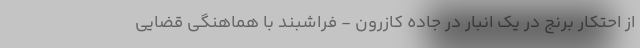
از احتکار برنج در یک انبار در جاده کازرون - فراشبند با هماهنگی قضایی